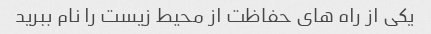
یکی از راه های حفاظت از محیط زیست را نام ببرید